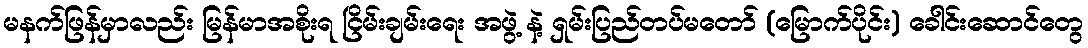
မနက်ဖြန်မှာလည်း မြန်မာအစိုးရ ငြိမ်းချမ်းရေး အဖွဲ့ နဲ့ ရှမ်းပြည်တပ်မတော် (မြောက်ပိုင်း) ခေါင်းဆောင်တွေ